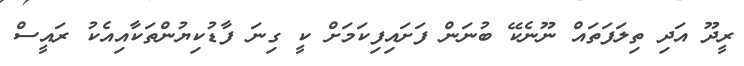
ރީދޫ އަދި ތިލަފަތައް ނޫނެކޭ ބުނަން ފަށައިފިކަމަށް ކީ ގިނަ ފާޑުކިޔުންތަކާއިއެކު ރައީސް